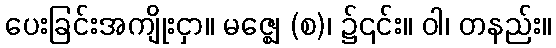
ပေးခြင်းအကျိုးငှာ။ မဇ္ဈေ (စ)၊ ၌၎င်း။ ဝါ၊ တနည်း။